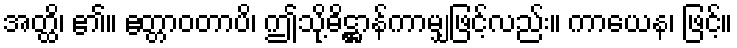
အတ္ထိ၊ ၏။ ဧတ္တာဝတာပိ၊ ဤသို့ဓိဋ္ဌာန်ကာမျှဖြင့်လည်း။ ကာယေန၊ ဖြင့်။